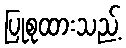
ပြုစုထားသည့်